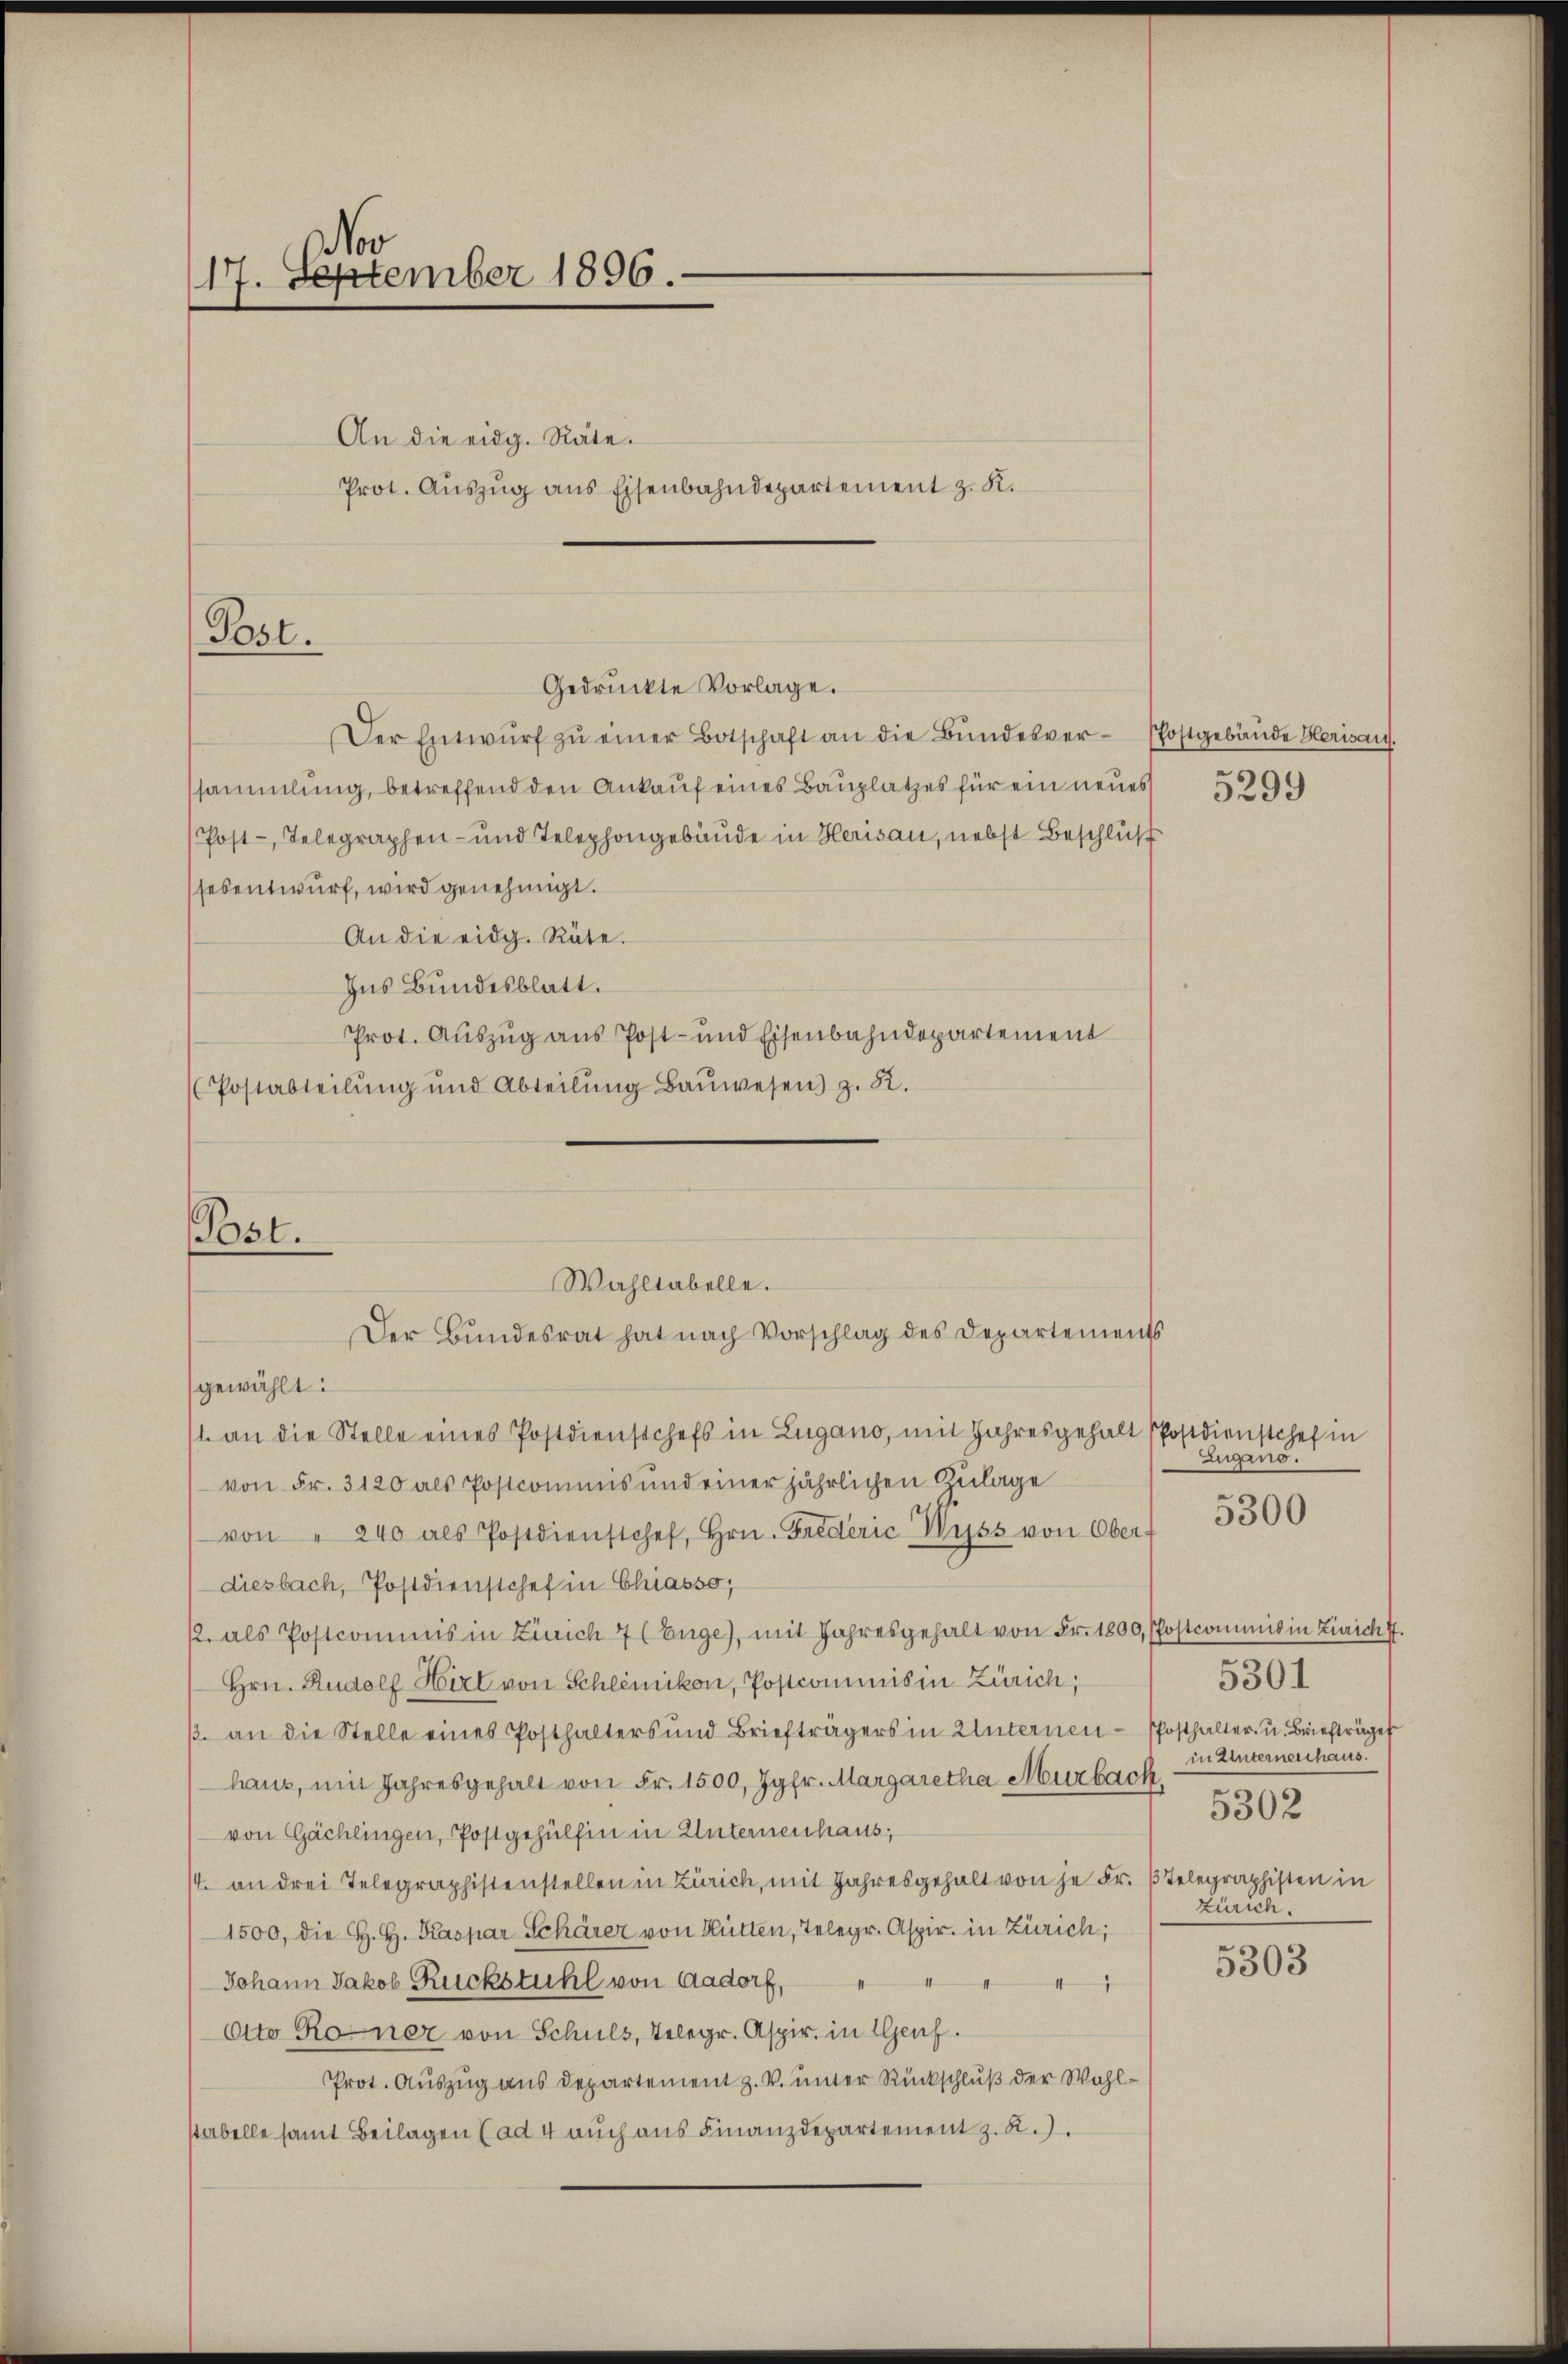
No
177. September 1896.

Post.
Gedruckte Vorlage.

Prot. Auszug aus Eisenbahndepartement z. K.

An die eidg. Räte.

Der Entwŭrf zŭ einer Botschaft an die Bŭndesver-Postgebäude Herisau.
sammlung, betreffend den Ankauf eines Bauplatzes für ein neues
Post-Telegraphen- und Telephongebäude in Herisau, nebst Beschluß
sesentwurf, wird genehmigt.
An die eidg. Räte.
Ins Bundesblatt.
Prot. Auszug aus Post- und Eisenbahndepartement
Postabteilŭng und Abteilŭng Baŭwesen) z. R.
gewählt:
1. an die Stelle eines Postdienstchefs in Zugano, mit Jahresgehalt Postdienstchef in
von Fr. 3120 als Postcommis und einer jährlichen Zulage
von " 240 als Postdienstohef, Hrn. Fredérić Wyss von Ober-
diesbach, Postdienstchef in Chiasso,
k. als Postcommis in Zürich 7 (Enge), mit Jahresgehalt von Fr. 1800, Postcommis in Zürich 7.
Hrn. Rudolf Hirt von Schlemikon, Postcommis in Zürich;
β. an die Stelle eines Posthalters und Briefträgers in Unternen-Posthalter- u. Briefträger
haus, mit Jahresgehalt von Fr. 1500, Jgfr. Margaretha Murbach
von Gächlingen, Postgehülfen in Unternenhaus;
/4 an drei Telegraphistenstellen in Zürich, mit Jahresgehalt von je Fr. Telegraphisten in
1500, die H. H. Kaspar Schärer von Hütten, Telegr. Aspir. in Zürich;
Johann Jakob Ruckstuhl von Aadorf,
1
Otto Roner von Schuls, Telegr. Aspir. in Genf.
Prot. Auszug aus Departement z. V. unter Rückschluß der Wahlstabelle samt Beilagen (ad 4 auch aus Finanzdepartement z. R.).

Post.
Wahltabelle.
Der Bundesrat hat nach Vorschlag des Departements

5299

Zugano.

5300

in Unternerhaus.
5302
Zürich.

5301

5303